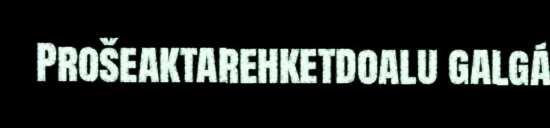
Prošeaktarehketdoalu galgá